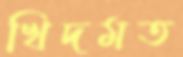
খিদমত